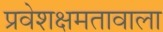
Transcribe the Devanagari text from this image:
प्रवेशक्षमतावाला